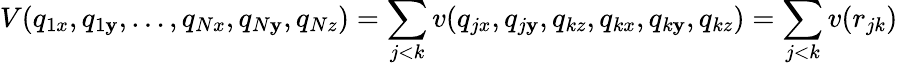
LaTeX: V(q_{1x},q_{1\mathbf{y}},\dots,q_{Nx},q_{N\mathbf{y}},q_{Nz})=\sum_{j<k}v(q_{jx},q_{j\mathbf{y}},q_{kz},q_{kx},q_{k\mathbf{y}},q_{kz})=\sum_{j<k}v(r_{jk})